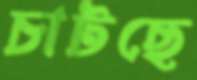
চাটছে